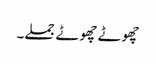
چھوٹے چھوٹے جملے۔